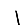
Digit: 1